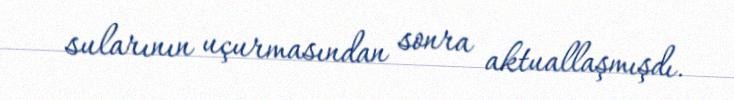
sularının uçurmasından sonra aktuallaşmışdı.